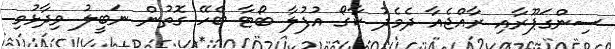
ސިންގަޕޫރާއި ރާއްޖެއާ ދެމެދު ކާގޯ އުފުލާ ބޯޓާ ބެހޭ ގޮތުން ނަބީލު ވިދާޅުވި